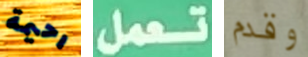
رحيمة تعمل وقدم